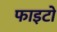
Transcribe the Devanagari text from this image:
फाइटो